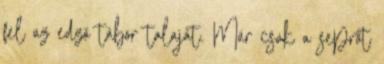
fel az edző tábor talaját. Már csak a seprőt